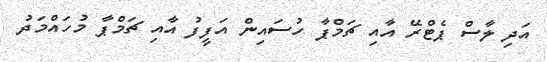
އަދި ލާސް ޕެޓްރޭ އާއި ޗަމްޕާ ހުސައިން އަފީފު އާއި ޗަމްޕާ މުހައްމަދު